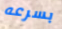
بسرعه